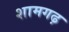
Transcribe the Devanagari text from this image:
शामगढ़